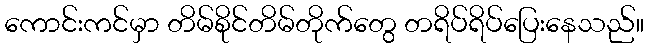
ကောင်းကင်မှာ တိမ်စိုင်တိမ်တိုက်တွေ တရိပ်ရိပ်ပြေးနေသည်။